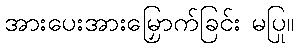
အားပေးအားမြှောက်ခြင်း မပြု။